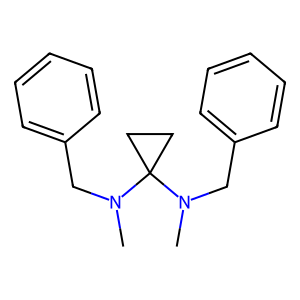
SMILES: CN(Cc1ccccc1)C1(N(C)Cc2ccccc2)CC1
Inhibits HIV replication: No